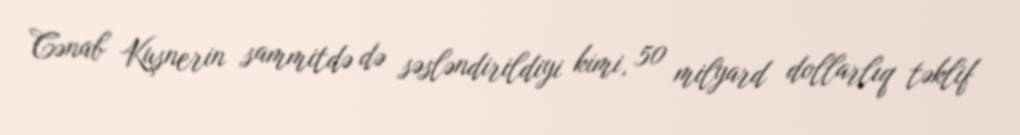
Cənab Kuşnerin sammitdə də səsləndirildiyi kimi, 50 milyard dollarlıq təklif